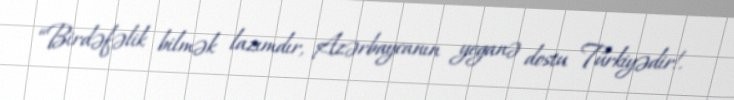
“Birdəfəlik bilmək lazımdır, Azərbaycanın yeganə dostu Türkiyədir!.